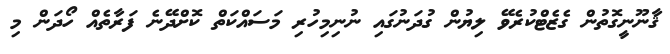
ޤާނޫނީގޮތުން ގެޒެޓްކުރެވޭ ލިޔުން ގުދަނުގައި ނުނިމިހުރި މަސައްކަތް ކޮށްދޭނެ ފަރާތެއް ހޯދަން މި